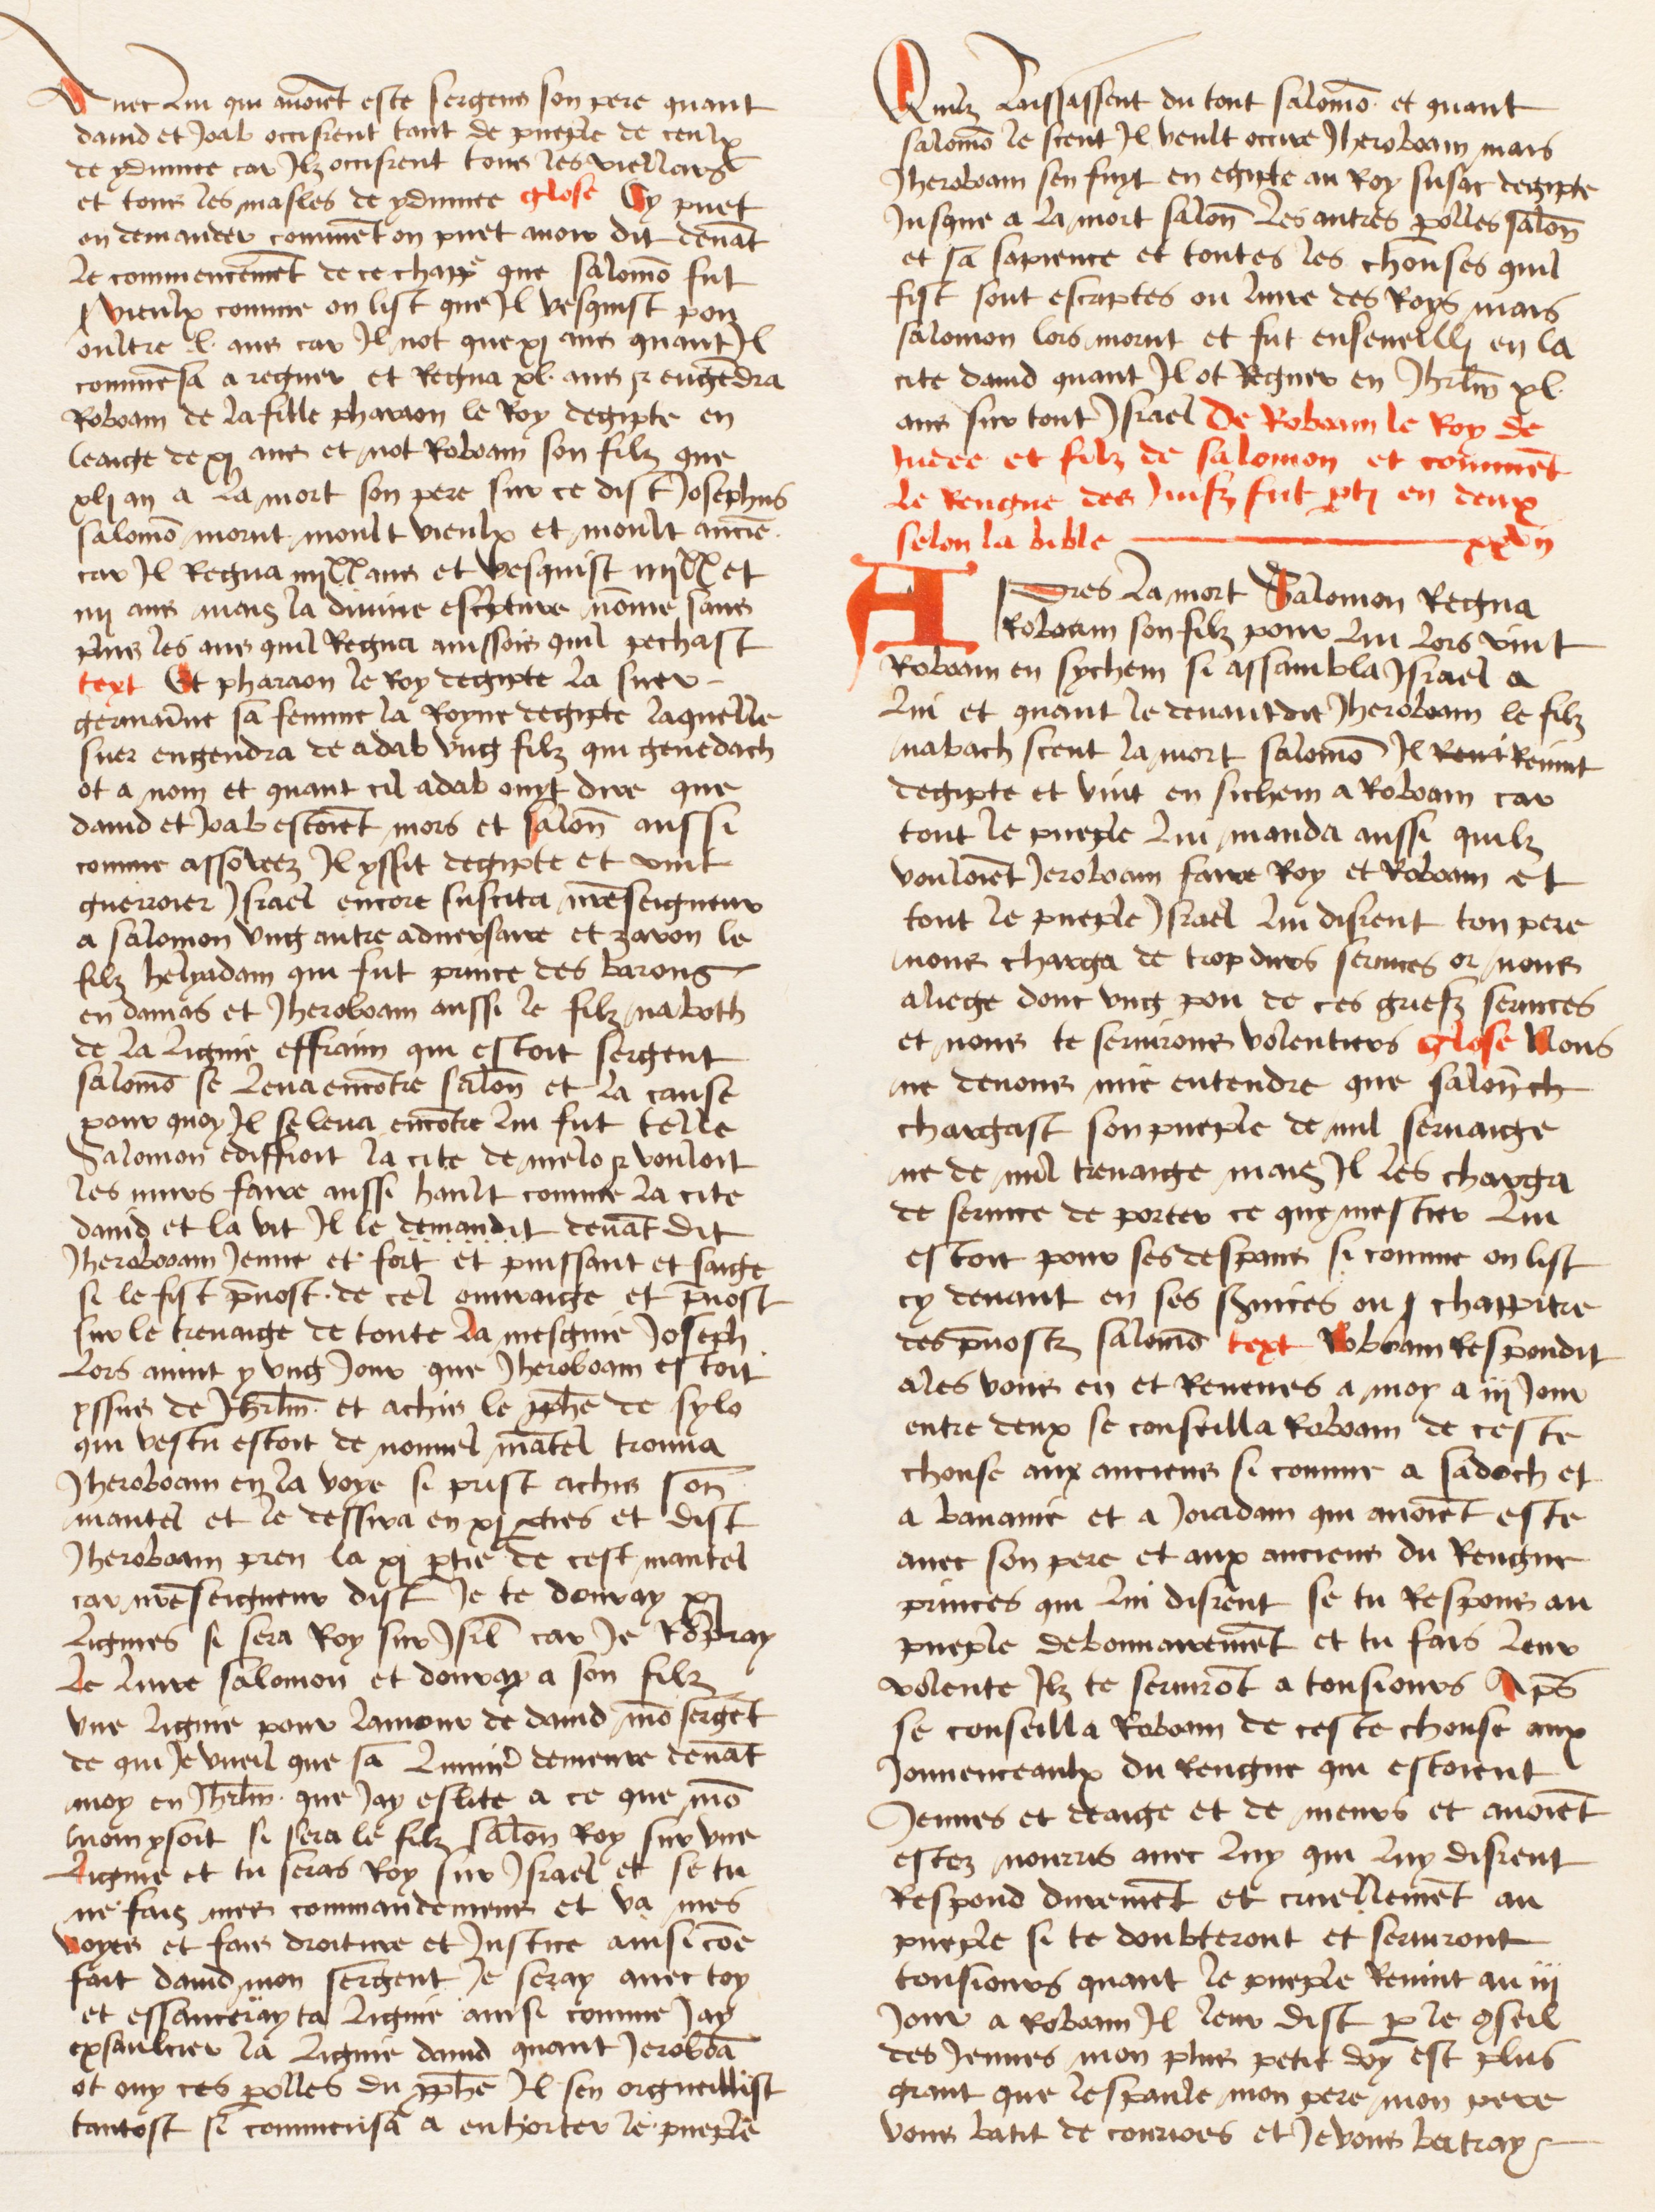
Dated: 1474–1474